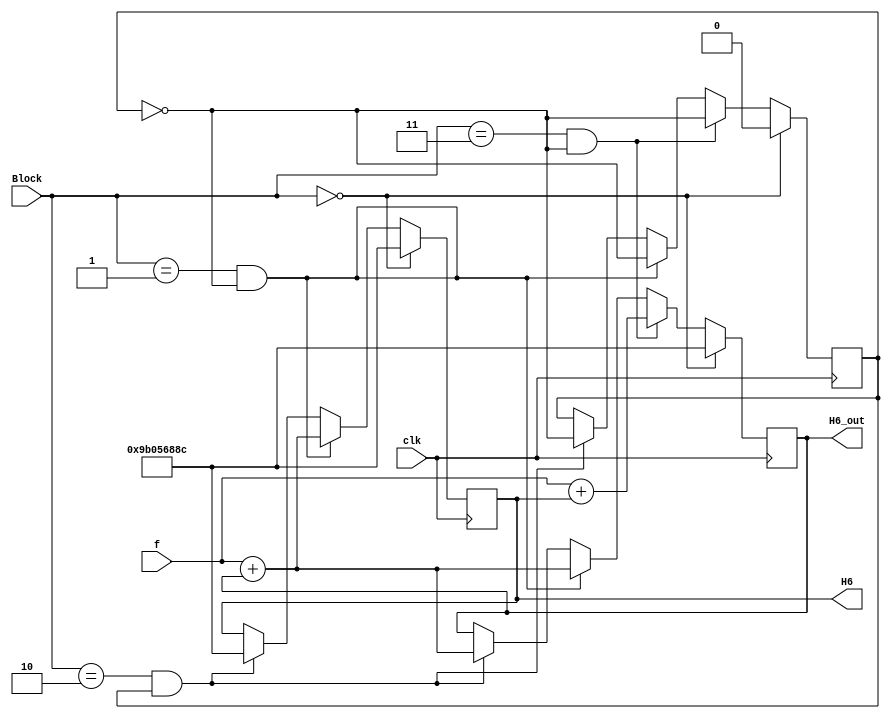
`timescale 1ns / 1ps
//////////////////////////////////////////////////////////////////////////////////
// Company: 
// Engineer: 
// 
// Design Name: 
// Module Name:    H6 
// Project Name: 
// Target Devices: 
// Tool versions: 
// Description: 
//
// Dependencies: 
//
// Revision: 
// Revision 0.01 - File Created
// Additional Comments: 
//
//////////////////////////////////////////////////////////////////////////////////
module H6(input [1:0] Block, input clk, input [31:0] f, output reg [31:0] H6_out, H6 );

reg source; 
initial
begin
H6_out = 32'h9b05688c;
H6= 32'h9b05688c;
end

always @ (posedge clk)
begin
	
	if (Block == 0)			
	begin
			H6_out <= 32'h9b05688c;
			H6<= 32'h9b05688c;
			source <=0;
		end
	else
		begin
		if(Block ==1 && source == 0)
		begin
			H6_out <= f + H6_out;
			H6<= f + H6_out;
			source <= ~source;
			end
				else
		if(Block ==2 && source ==1)
				begin
					H6_out <= f + H6_out;
			H6<= 32'h9b05688c;
			source <= ~source;
				end
			if(Block ==3 && source ==0)
				begin
					H6_out <= f + H6;
			source <= ~source;
				end
		end
		
end

endmodule